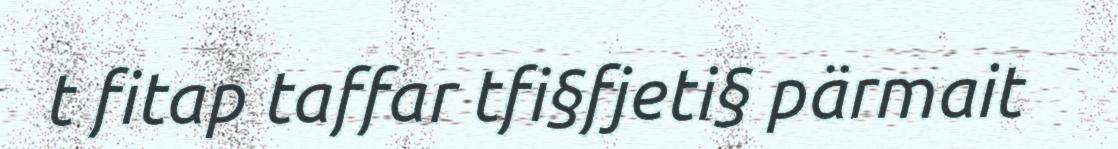
t fitap taffar tfi§fjeti§ pärmait